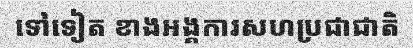
ទៅទៀត ខាងអង្គការសហប្រជាជាតិ